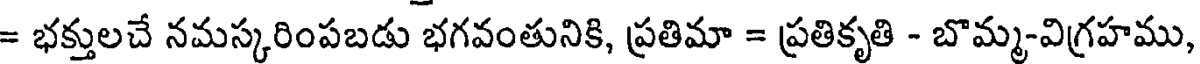
= భక్తులచే నమస్కరింపబడు భగవంతునికి, ప్రతిమా = ప్రతికృతి - బొమ్మ-విగ్రహము,